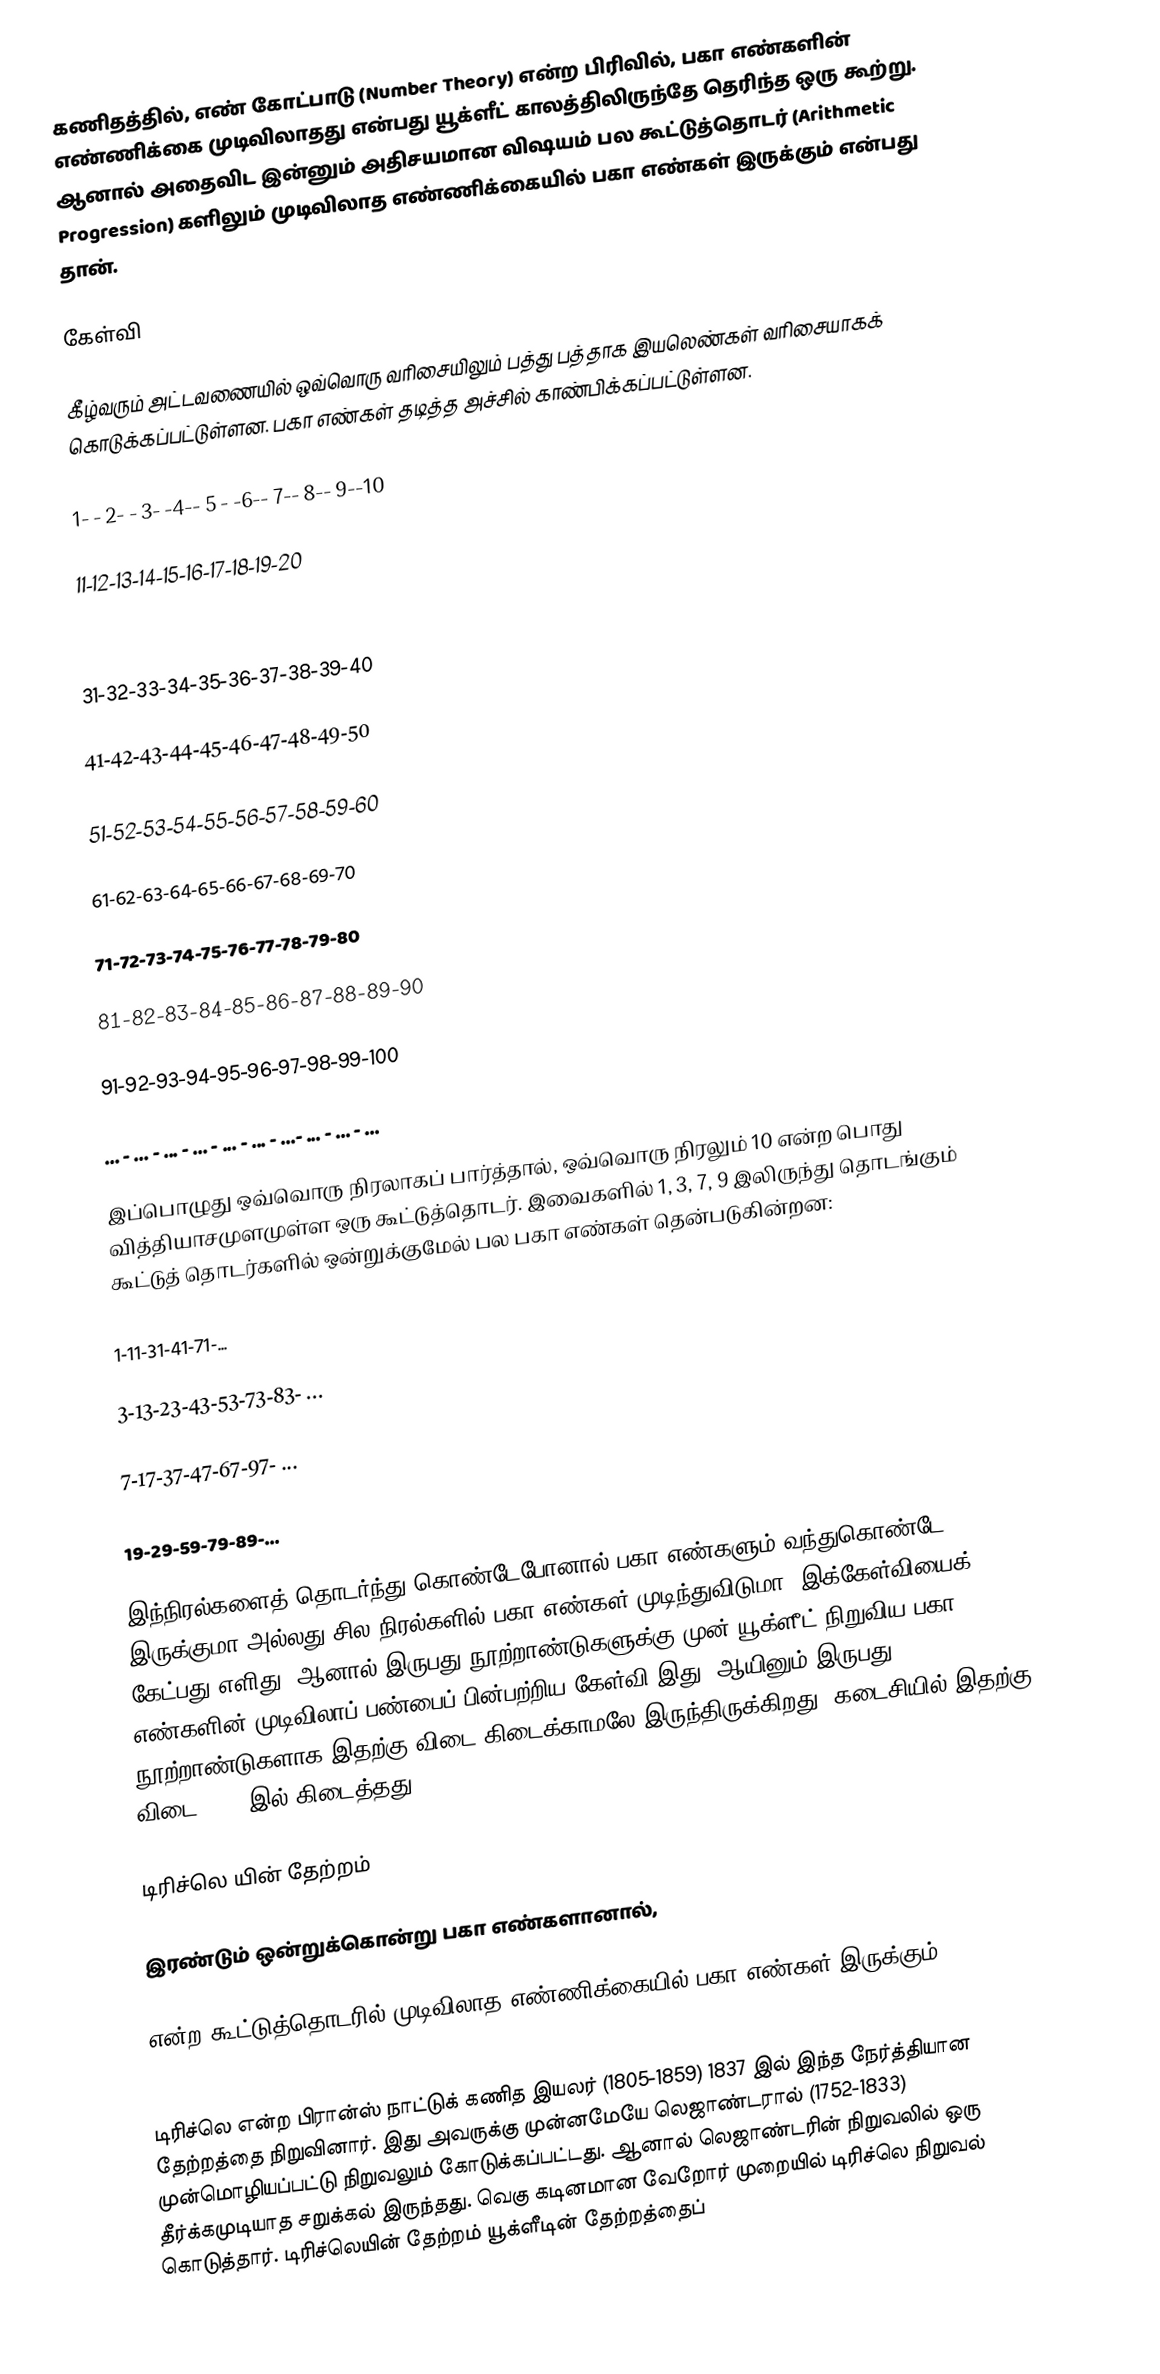
கணிதத்தில், எண் கோட்பாடு (Number Theory) என்ற பிரிவில், பகா எண்களின் எண்ணிக்கை முடிவிலாதது என்பது யூக்ளீட் காலத்திலிருந்தே தெரிந்த ஒரு கூற்று. ஆனால் அதைவிட இன்னும் அதிசயமான விஷயம் பல கூட்டுத்தொடர் (Arithmetic Progression) களிலும் முடிவிலாத எண்ணிக்கையில் பகா எண்கள் இருக்கும் என்பது தான்.

கேள்வி

கீழ்வரும் அட்டவணையில் ஒவ்வொரு வரிசையிலும் பத்து பத்தாக இயலெண்கள் வரிசையாகக் கொடுக்கப்பட்டுள்ளன. பகா எண்கள் தடித்த அச்சில் காண்பிக்கப்பட்டுள்ளன.

1- -  2- -  3-  -4--  5 - -6--  7--  8-- 9--10

11-12-13-14-15-16-17-18-19-20

21-22-23-24-25-26-27-28-29-30

31-32-33-34-35-36-37-38-39-40

41-42-43-44-45-46-47-48-49-50

51-52-53-54-55-56-57-58-59-60

61-62-63-64-65-66-67-68-69-70

71-72-73-74-75-76-77-78-79-80

81-82-83-84-85-86-87-88-89-90

91-92-93-94-95-96-97-98-99-100

... - ... - ... - ... - ... - ... - ...- ... - ... - ...

இப்பொழுது ஒவ்வொரு நிரலாகப் பார்த்தால், ஒவ்வொரு நிரலும் 10 என்ற பொது வித்தியாசமுளமுள்ள ஒரு கூட்டுத்தொடர்.  இவைகளில் 1, 3, 7, 9 இலிருந்து தொடங்கும் கூட்டுத் தொடர்களில் ஒன்றுக்குமேல் பல பகா எண்கள் தென்படுகின்றன:

1-11-31-41-71-...

3-13-23-43-53-73-83- ...

7-17-37-47-67-97- ...

19-29-59-79-89-...

இந்நிரல்களைத் தொடர்ந்து கொண்டேபோனால் பகா எண்களும் வந்துகொண்டே இருக்குமா அல்லது சில நிரல்களில் பகா எண்கள் முடிந்துவிடுமா? இக்கேள்வியைக் கேட்பது எளிது. ஆனால் இருபது நூற்றாண்டுகளுக்கு முன் யூக்ளீட் நிறுவிய பகா எண்களின் முடிவிலாப் பண்பைப் பின்பற்றிய கேள்வி இது. ஆயினும் இருபது நூற்றாண்டுகளாக  இதற்கு விடை கிடைக்காமலே இருந்திருக்கிறது. கடைசியில்   இதற்கு விடை 1837 இல் கிடைத்தது.

டிரிச்லெ யின் தேற்றம்

 இரண்டும் ஒன்றுக்கொன்று பகா எண்களானால்,

என்ற கூட்டுத்தொடரில் முடிவிலாத எண்ணிக்கையில் பகா எண்கள் இருக்கும்.

டிரிச்லெ என்ற பிரான்ஸ் நாட்டுக் கணித இயலர் (1805-1859) 1837 இல் இந்த  நேர்த்தியான தேற்றத்தை நிறுவினார். இது அவருக்கு முன்னமேயே லெஜாண்டரால் (1752-1833) முன்மொழியப்பட்டு நிறுவலும் கோடுக்கப்பட்டது. ஆனால் லெஜாண்டரின் நிறுவலில் ஒரு தீர்க்கமுடியாத சறுக்கல் இருந்தது. வெகு கடினமான வேறோர்  முறையில் டிரிச்லெ நிறுவல்  கொடுத்தார். டிரிச்லெயின் தேற்றம் யூக்ளீடின் தேற்றத்தைப்